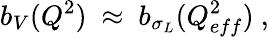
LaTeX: b_{V}(Q^{2})~\approx~b_{\sigma_{L}}(Q_{eff}^{2})\ ,